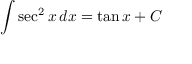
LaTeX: \int \sec ^ { 2 } x \, d x = \tan x + C